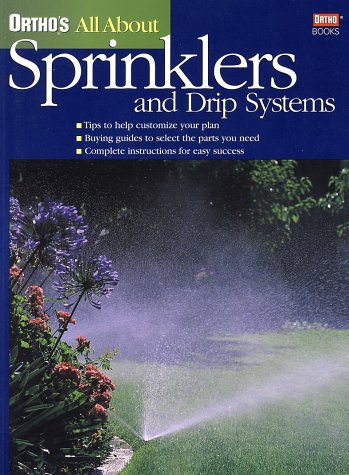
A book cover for Ortho's All About Sprinklers and Drip Systems; Ortho; Crafts, Hobbies & Home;